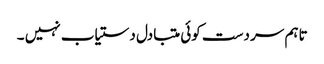
تاہم سر دست کوئی متبادل دستیاب نہیں ۔